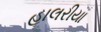
હાલરીયા